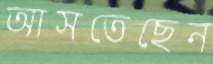
আসতেছেন